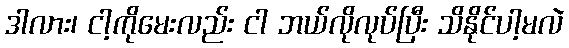
ဒါလား၊ ငါ့ကိုမေးလည်း ငါ ဘယ်လိုလုပ်ပြီး သိနိုင်ပါ့မလဲ